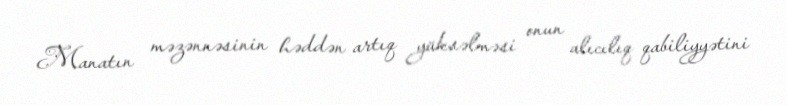
Manatın məzənnəsinin həddən artıq yüksəlməsi onun alıcılıq qabiliyyətini